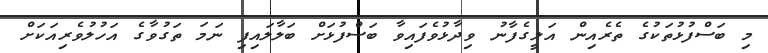
މި ބަސްފުޅުތަކުގެ ތެރެއިން އަލީގެފާނު ވިދާޅުވެފައިވާ ބަސްފުޅަށް ބަލާލައިފި ނަމަ ތަގުވާގެ އަހުލުވެރިއަކަށް